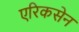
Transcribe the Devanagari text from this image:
एरिकसेन